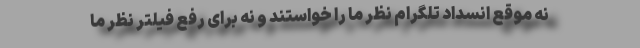
نه موقع انسداد تلگرام نظر ما را خواستند و نه برای رفع فیلتر نظر ما